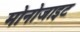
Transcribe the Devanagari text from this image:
मोनोजाइट